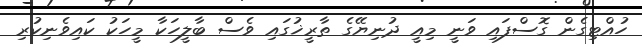
ހުއްޓިގެން ގޮސްފައި ވަނީ މިއީ ދުނިޔޭގެ ތާރީޚުގައި ވެސް ބާލީހަކާ މީހަކު ކައިވެނިކުރި